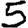
Digit: 5